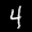
Label: 4